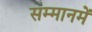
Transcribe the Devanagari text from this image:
सम्मानमें